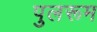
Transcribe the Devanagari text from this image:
पुलरूम